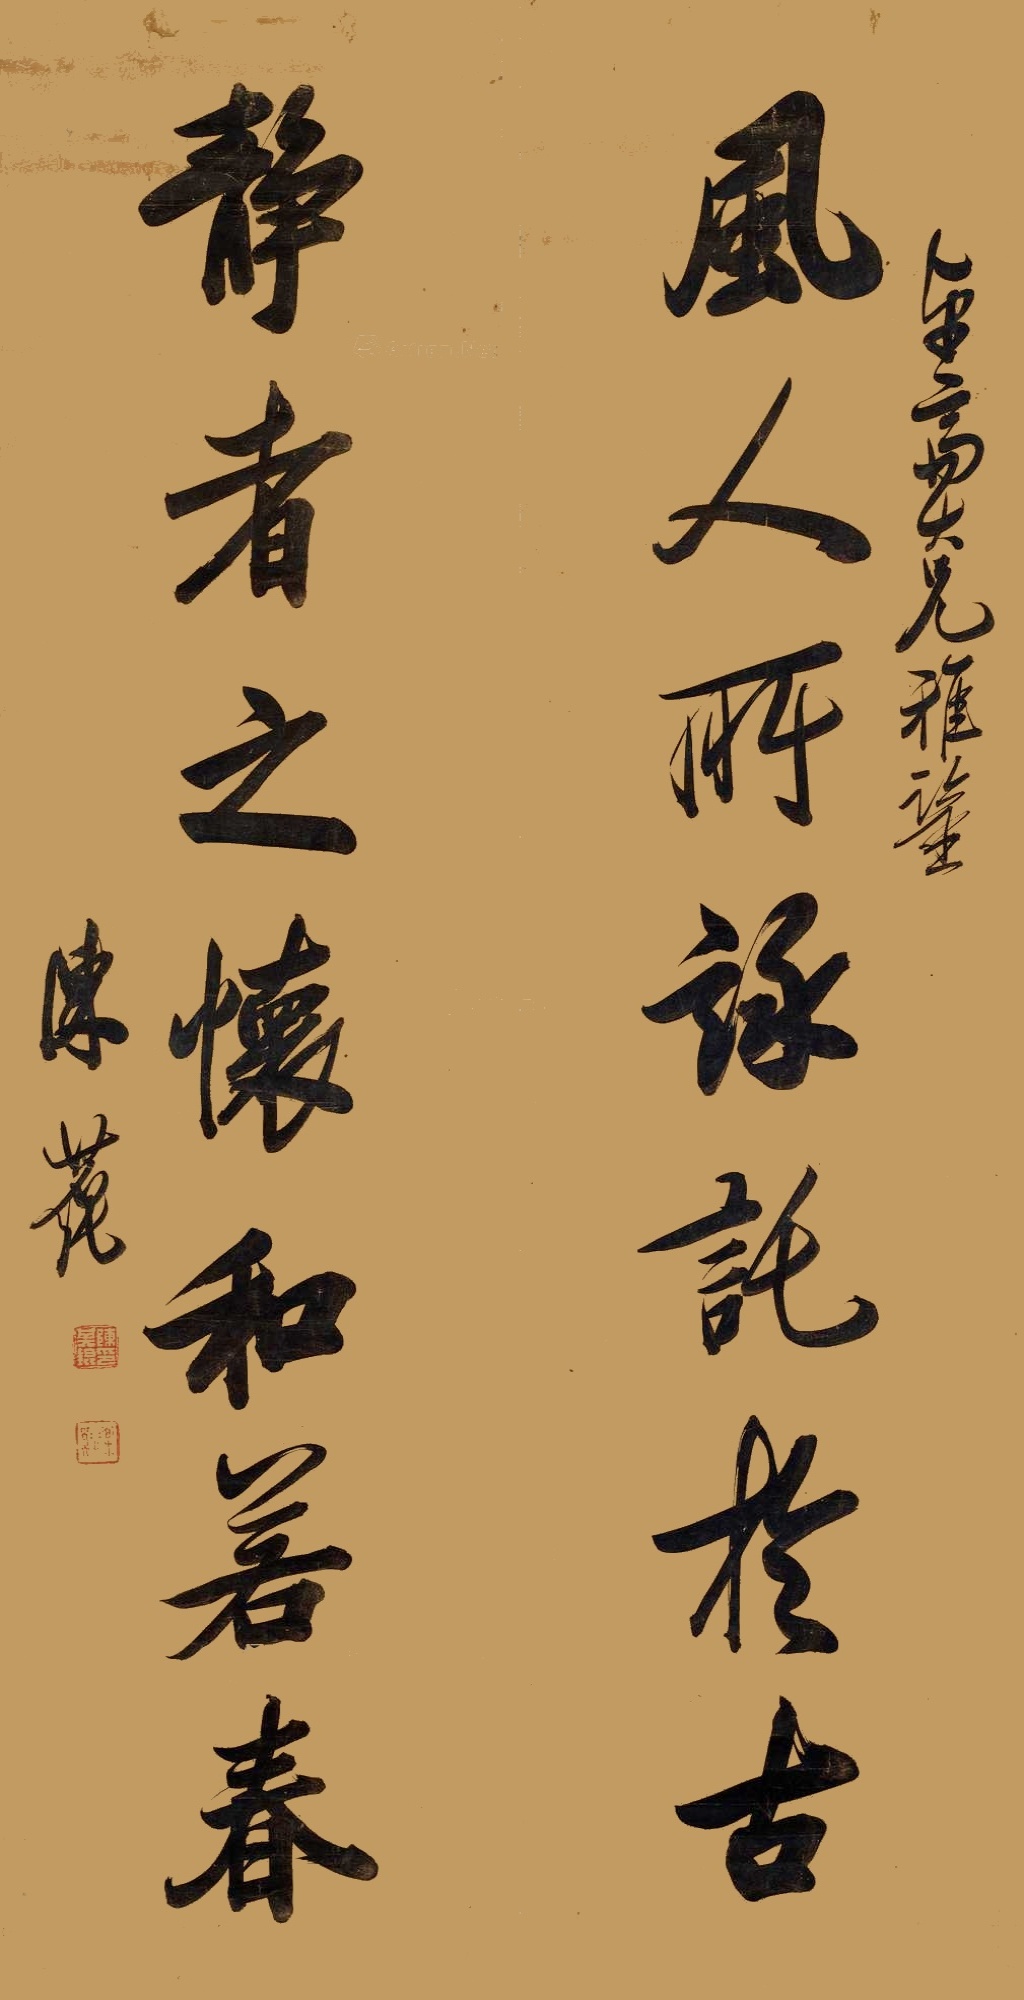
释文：风人所咏讬于古，静者之怀和若春。平斋大兄雅鉴，陈其锟。